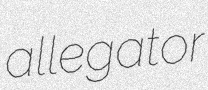
allegator